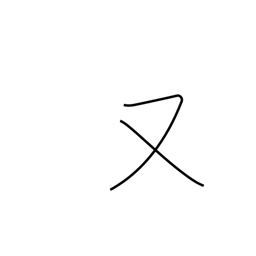
Meaning: or again